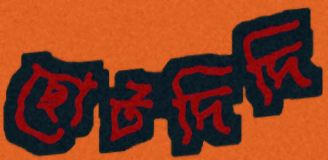
ছোটদিদি